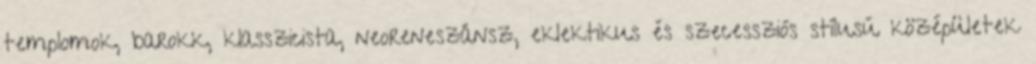
templomok, barokk, klasszicista, neoreneszánsz, eklektikus és szecessziós stílusú középületek